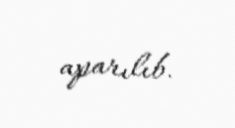
aparılıb.